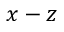
x - z